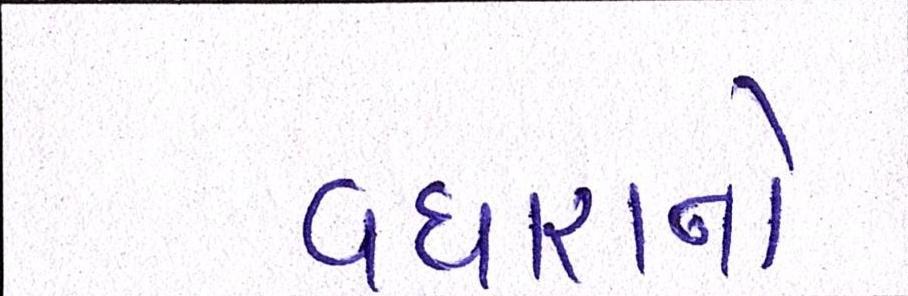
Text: વધારાનો